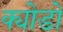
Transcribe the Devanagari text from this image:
क्योडो